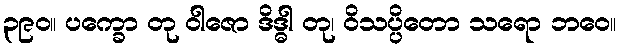
၃၉၀။ ပက္ခော တု ဝါဇော ဒိဒ္ဓါ တု၊ ဝိသပ္ပိတော သရော ဘဝေ။